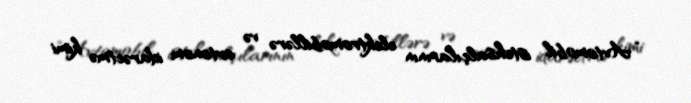
“Avtomobil istehsalçılarının elektromobillərə və avtonom idarəetmə kimi